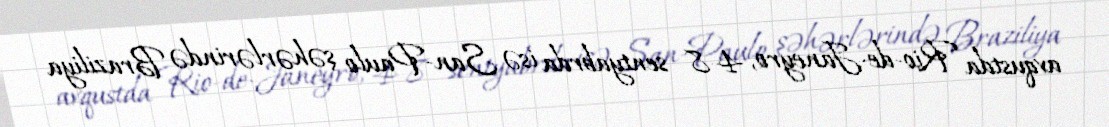
avqustda Rio-de-Janeyro, 4-8 sentyabrda isə San-Paulo şəhərlərində Braziliya